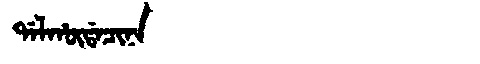
Manchu: ᡩᠠᠯᡥᡡᡩᠠᠴᡳᠨᠠ
Romanization: DALHŪDACINA